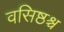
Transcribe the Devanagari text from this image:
वसिष्ठश्च